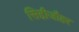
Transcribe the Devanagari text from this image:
सिद्दीजौहर